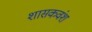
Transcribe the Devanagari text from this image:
शासकवंश